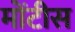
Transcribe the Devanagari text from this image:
मोंटीस